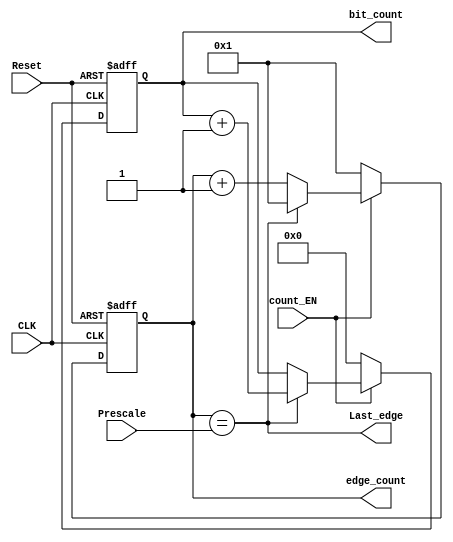
module Edge_Bit_Counter #(parameter width = 8)
(
    // input & output ports
    input                               CLK,
    input                               Reset,
    input  wire  [4:0]                  Prescale,   // note that it has to be >= 5
    input  wire                         count_EN,   // enale signal
    output wire                         Last_edge,
    output reg   [$clog2(width+3)-1:0]  bit_count,  // nember of bits received
    output reg   [4:0]                  edge_count // number of edges in the received bit
);

// internal wire

assign Last_edge = (edge_count == Prescale);  

always @(posedge CLK, negedge Reset) begin
    if (!Reset) begin
        bit_count  <= 4'b0;
        edge_count <= 5'b1; // starts at 1
    end
    else if (count_EN) begin
        if (Last_edge) begin
            bit_count  <= bit_count+1;  // increment when finished counting the edges of the received bit
            edge_count <= 5'b1;         // restart the edge count
        end
        else begin
            edge_count <= edge_count + 1; // increment the edge count
        end
    end
    else begin
        bit_count  <= 4'b0;
        edge_count <= 5'b1;
    end
end

endmodule